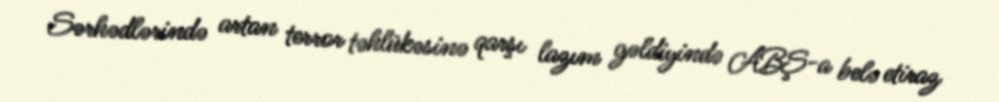
Sərhədlərində artan terror təhlükəsinə qarşı lazım gəldiyində ABŞ-a belə etiraz